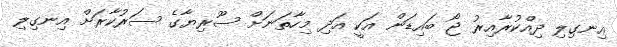
އިނގިލި ދިއްކުރާއިރު ޖޯ ބައިޑަން އަކީ އަދި މިހާތަނަށް ސޫރިޔާގެ ސަރުކާރަށް އިނގިލި